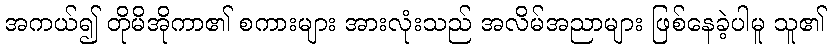
အကယ်၍ တိုမိအိုကာ၏ စကားများ အားလုံးသည် အလိမ်အညာများ ဖြစ်နေခဲ့ပါမူ သူ၏